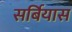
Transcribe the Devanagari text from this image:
सर्बियास